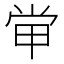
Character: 𡭵